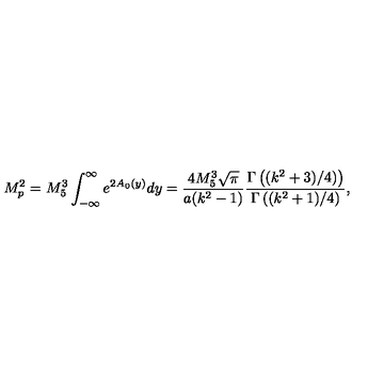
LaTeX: M _ { p } ^ { 2 } = M _ { 5 } ^ { 3 } \int _ { - \infty } ^ { \infty } e ^ { 2 A _ { 0 } ( y ) } d y = \frac { 4 M _ { 5 } ^ { 3 } \sqrt { \pi } } { a ( k ^ { 2 } - 1 ) } \frac { \Gamma \left( ( k ^ { 2 } + 3 ) / 4 ) \right) } { \Gamma \left( ( k ^ { 2 } + 1 ) / 4 \right) } ,